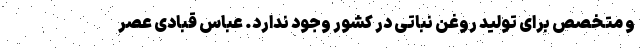
و متخصص برای تولید روغن نباتی در کشور وجود ندارد. عباس قبادی عصر